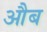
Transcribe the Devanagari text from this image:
औब